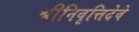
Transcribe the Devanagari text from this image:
श्रीनिवृत्तिदेवे